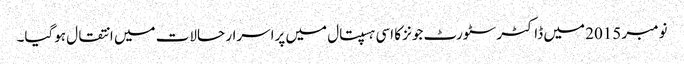
نومبر 2015 میں ڈاکٹر سٹورٹ جونز کا اسی ہسپتال میں پراسرار حالات میں انتقال ہوگیا۔